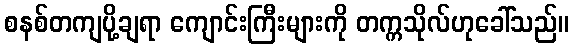
စနစ်တကျပို့ချရာ ကျောင်းကြီးများကို တက္ကသိုလ်ဟုခေါ်သည်။